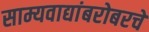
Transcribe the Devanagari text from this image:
साम्यवाद्यांबरोबरचे